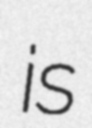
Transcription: is